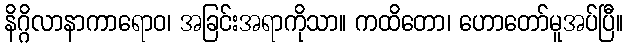
နိဂ္ဂိလာနာကာရောဝ၊ အခြင်းအရာကိုသာ။ ကထိတော၊ ဟောတော်မူအပ်ပြီ။